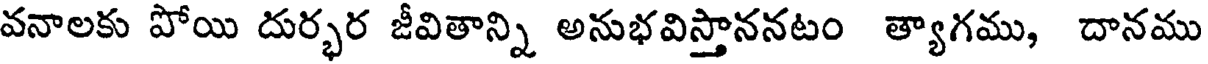
వనాలకు పోయి దుర్భర జీవితాన్ని అనుభవిస్తాననటం త్యాగము, దానము